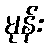
မုန်း